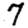
Digit: 7